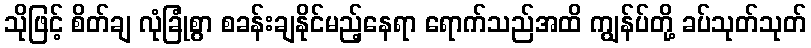
သိုဖြင့် စိတ်ချ လုံခြုံစွာ စခန်းချနိုင်မည့်နေရာ ရောက်သည်အထိ ကျွန်ပ်တို့ ခပ်သုတ်သုတ်